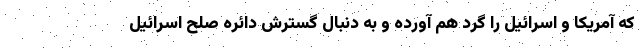
که آمریکا و اسرائیل را گرد هم آورده و به دنبال گسترش دائره صلح اسرائیل